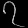
Digit: ၇